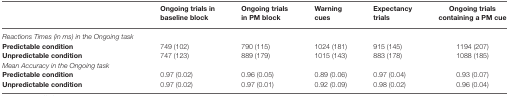
|  | Ongoing trials in baseline block | Ongoing trials in PM block | Warning cues | Expectancy trials | Ongoing trials containing a PM cue |
 | --- | --- | --- | --- | --- | --- |
 | Reactions Times (in ms) in the Ongoing task |
 | Predictable condition | 749 (102) | 790 (115) | 1024 (181) | 915 (145) | 1194 (207) |
 | Unpredictable condition | 747 (123) | 889 (179) | 1015 (143) | 883 (178) | 1088 (185) |
 | Mean Accuracy in the Ongoing task |
 | Predictable condition | 0.97 (0.02) | 0.96 (0.05) | 0.89 (0.06) | 0.97 (0.04) | 0.93 (0.07) |
 | Unpredictable condition | 0.97 (0.02) | 0.97 (0.01) | 0.92 (0.09) | 0.98 (0.02) | 0.96 (0.04) |